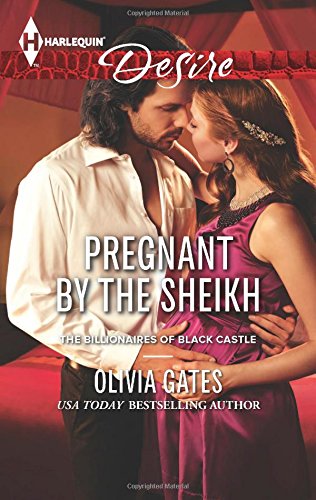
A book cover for Pregnant by the Sheikh (The Billionaires of Black Castle); Olivia Gates; Romance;